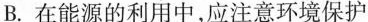
B.在能源的利用中，应注意环境保护